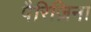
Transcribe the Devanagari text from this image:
पैरिज़िना